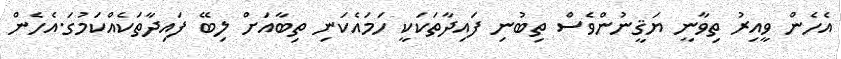
އެހެން ވީއިރު ތިވާނީ ޔަޤީނުންވެސް ތިބުނި ފައިދާތަކަކީ ހަމައެކަނި ތިބާއަށް ލިބޭ ފައިދާތަކެއްކަމުގަ.އެހެން